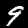
Label: 9